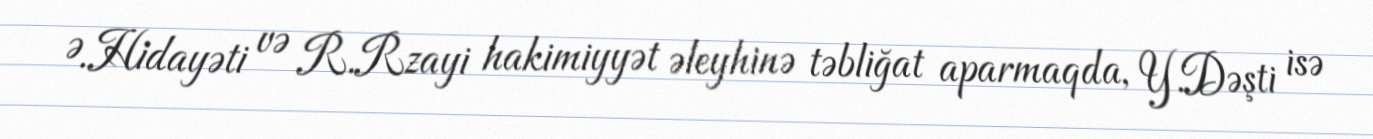
Ə.Hidayəti və R.Rzayi hakimiyyət əleyhinə təbliğat aparmaqda, Y.Dəşti isə